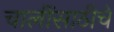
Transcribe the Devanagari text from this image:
चालींसाठीचे